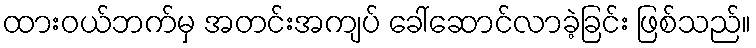
ထားဝယ်ဘက်မှ အတင်းအကျပ် ခေါ်ဆောင်လာခဲ့ခြင်း ဖြစ်သည်။